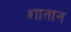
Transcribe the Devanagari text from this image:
शातान